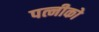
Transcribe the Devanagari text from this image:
पत्नीको